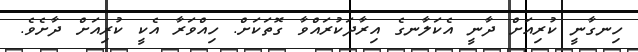
ހިނގާނީ ކުރިއަށް ދާނީ އެކަލާނގެ އިރާދަކުރައްވާ ގޮތަކަށް. ހިއްވަރާ އެކީ ކުރިއަށް ދާށެވެ.